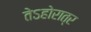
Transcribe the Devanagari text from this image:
तेऽहोरात्र